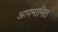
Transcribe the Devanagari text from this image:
आपमानित